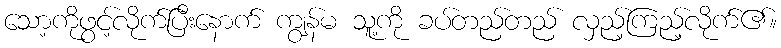
သော့ကိုဖွင့်လိုက်ပြီးနောက် ကျွန်မ သူ့ကို ခပ်တည်တည် လှည့်ကြည့်လိုက်၏။